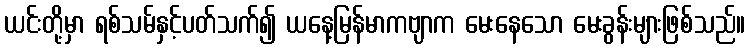
ယင်းတို့မှာ ရစ်သမ်နှင့်ပတ်သက်၍ ယနေ့မြန်မာကဗျာက မေးနေသော မေးခွန်းများဖြစ်သည်။